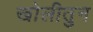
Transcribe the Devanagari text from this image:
खोलीतुन